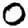
Digit: 0